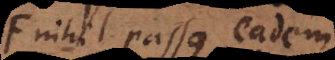
nihil passus eadem